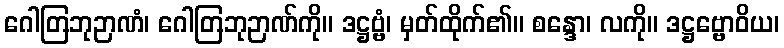
ဂေါတြဘုဉာဏံ၊ ဂေါတြဘုဉာဏ်ကို။ ဒဋ္ဌဗ္ဗံ၊ မှတ်ထိုက်၏။ စန္ဒော၊ လကို။ ဒဋ္ဌဗ္ဗောဝိယ၊